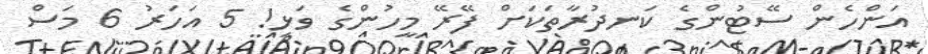
އަންހެން ސޭޓުންގެ ކަނދުރާތަކަށް ފޭރޭ މީހުންގެ ވަޅި! 5 އަހަރު 6 މަސް